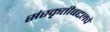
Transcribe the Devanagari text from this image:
संस्कृतीबद्दलचे